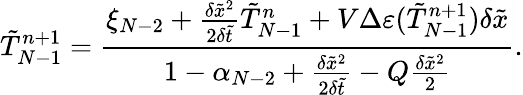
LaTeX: \tilde{T}_{N-1}^{n+1}=\frac{{{\xi_{N-2}}+\frac{{\delta{{\tilde{x}}^{2}}}}{{2\delta\tilde{t}}}\tilde{T}_{N-1}^{n}+V\Delta\varepsilon(\tilde{T}_{N-1}^{n+1})\delta\tilde{x}}}{{1-{\alpha_{N-2}}+\frac{{\delta{{\tilde{x}}^{2}}}}{{2\delta\tilde{t}}}-Q\frac{{\delta{{\tilde{x}}^{2}}}}{2}}}.